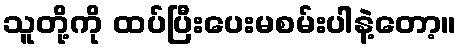
သူတို့ကို ထပ်ပြီးပေးမစမ်းပါနဲ့တော့။